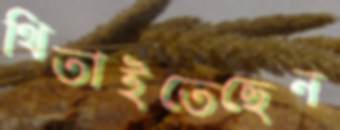
থিতাইতেছেন